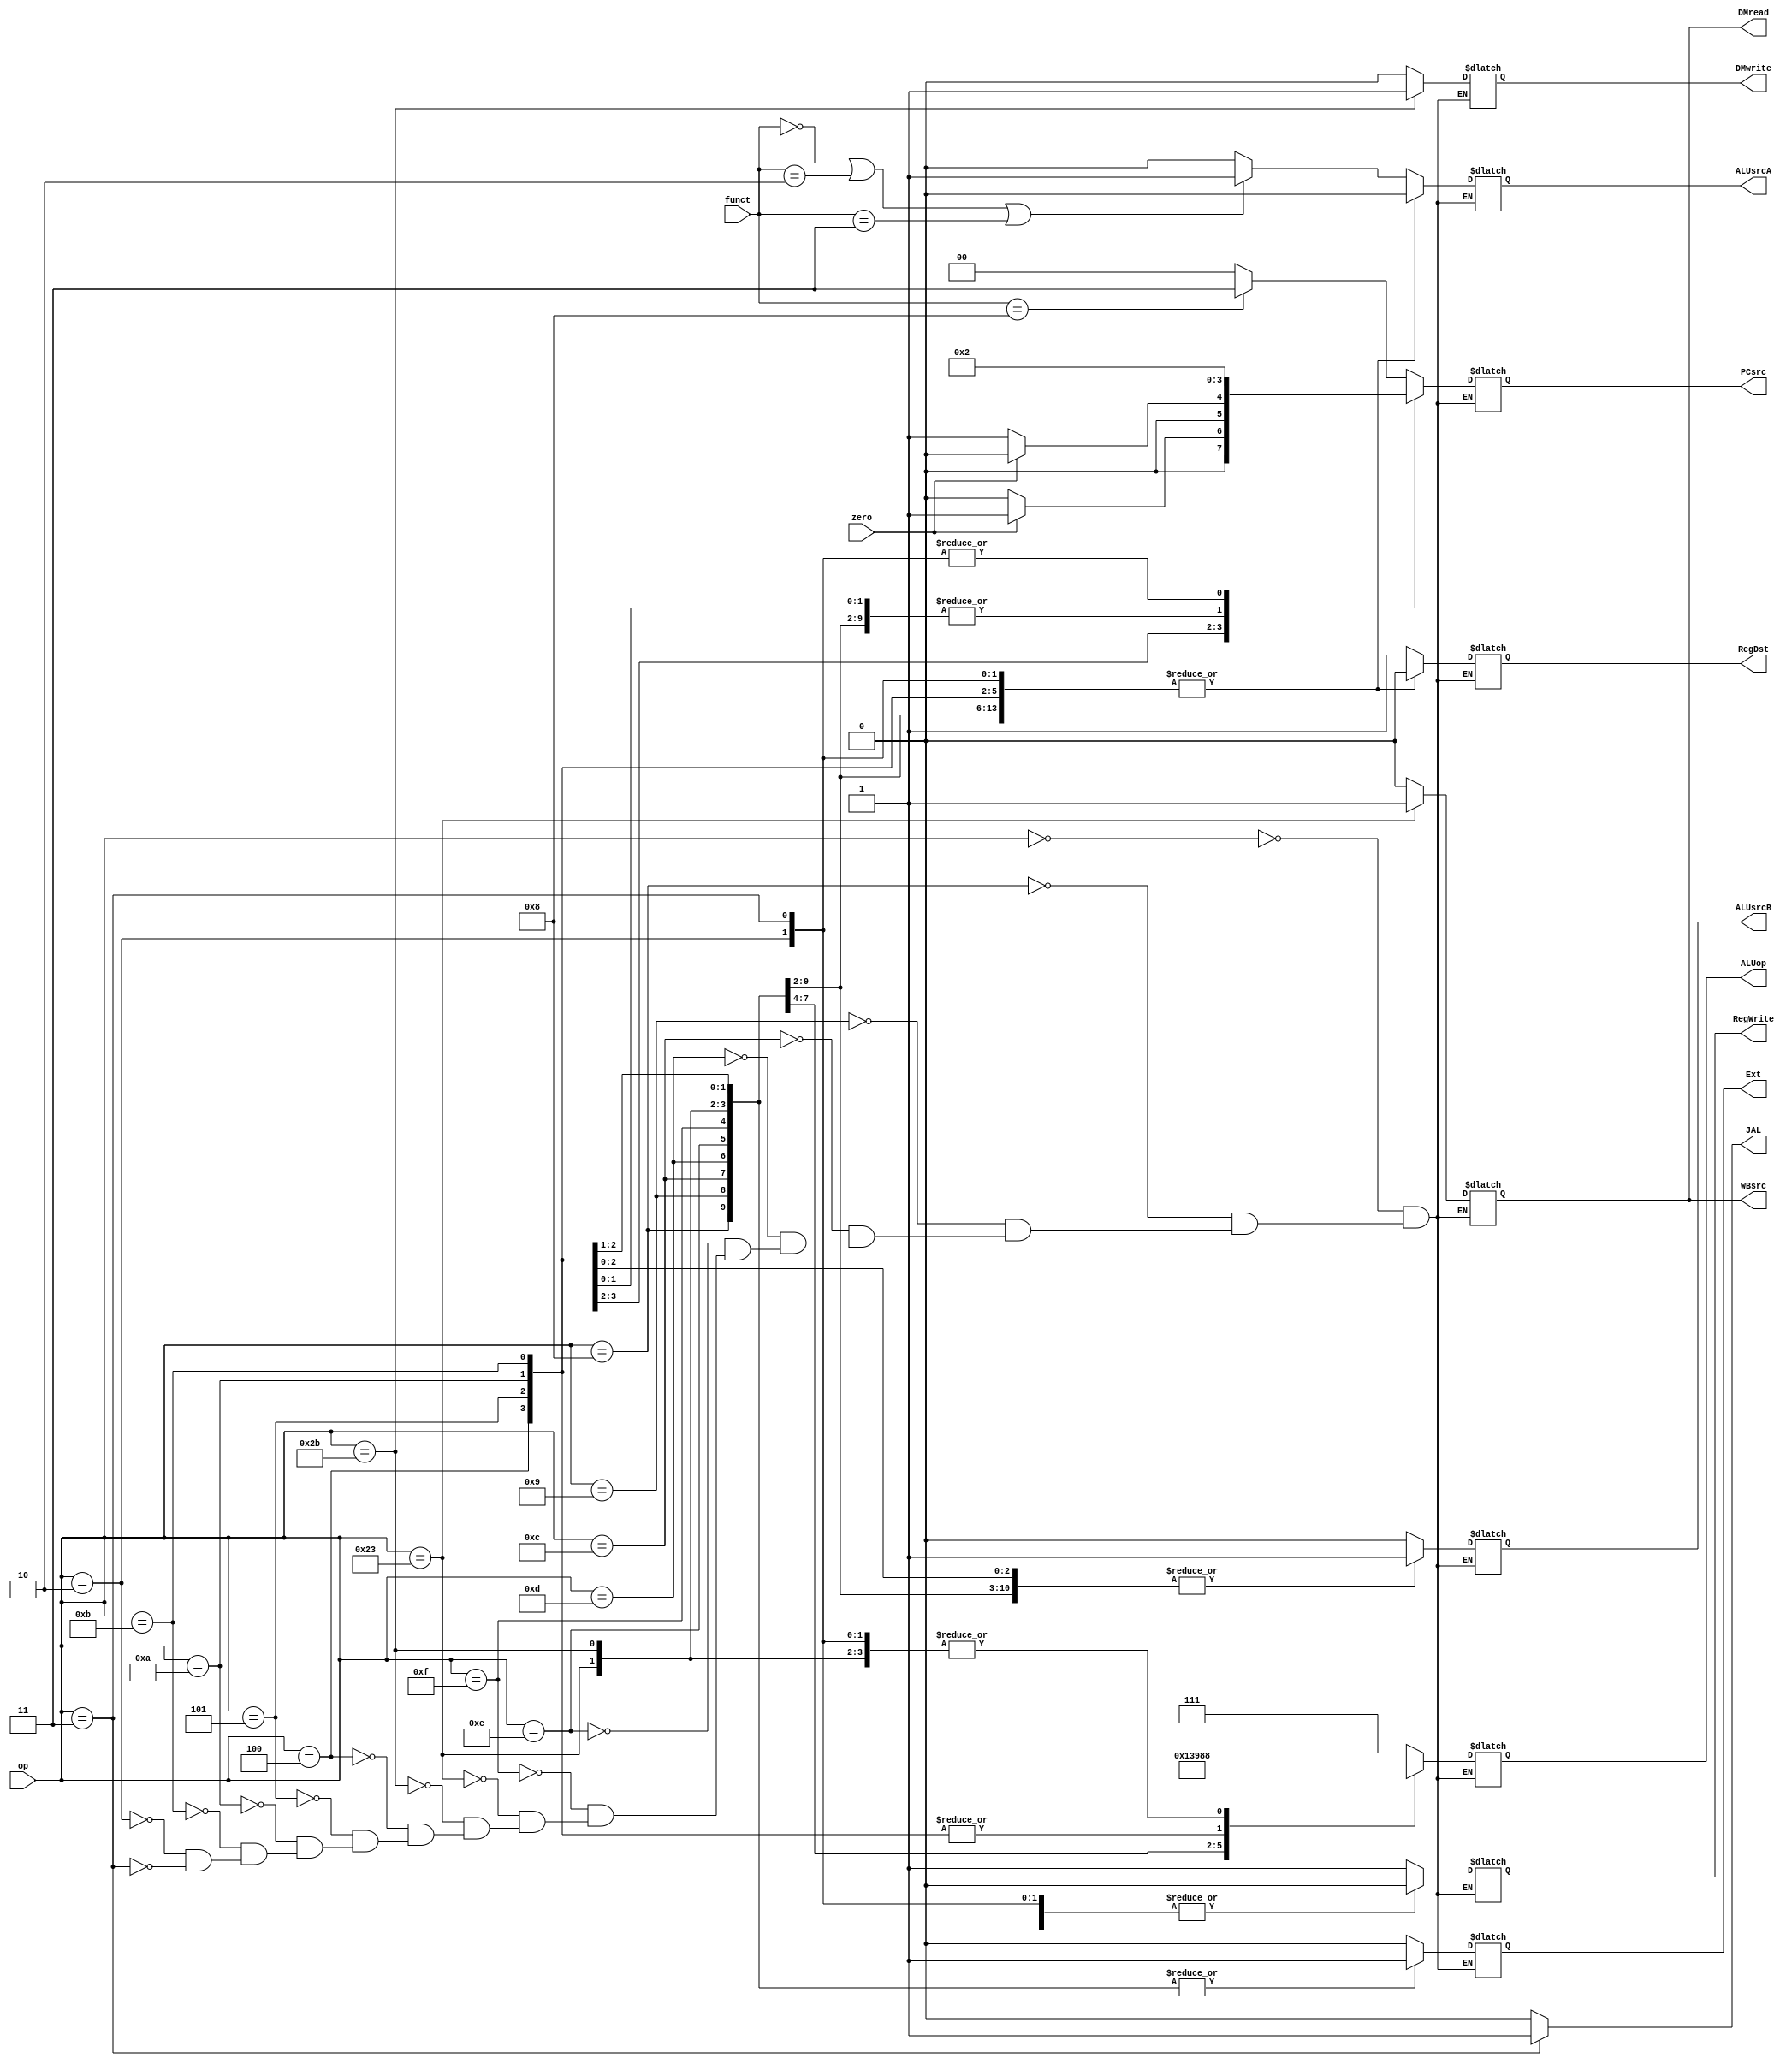
`timescale 1ns / 1ps
//////////////////////////////////////////////////////////////////////////////////
// Company: 
// Engineer: 
// 
// Design Name: 
// Module Name: ControlUnit
// Project Name: 
// Target Devices: 
// Tool Versions: 
// Description: 
// 
// Dependencies: 
// 
// Revision:
// Revision 0.01 - File Created
// Additional Comments:
// 
//////////////////////////////////////////////////////////////////////////////////


module ControlUnit
(
    input zero,
    input [5: 0] op,
    input [5: 0] funct,
    output reg Ext,
    output reg RegDst,
    output reg RegWrite,
    output reg ALUsrcA,
    output reg ALUsrcB,
    output reg [1: 0] PCsrc,
    output reg [2: 0] ALUop,
    output reg DMread,
    output reg DMwrite,
    output reg WBsrc,
    output reg JAL
);
    initial begin
        DMread = 0;
        DMwrite = 0;
        WBsrc = 0;
        PCsrc = 2'b00;
    end

    always @(op or zero or funct) begin
        if (op == 6'b000011) begin 
            JAL = 1;
        end else begin 
            JAL = 0;
        end
        case(op)
            6'b000000: begin    // R type
                Ext = 1'b0;
                RegDst = 1;
                RegWrite = 1;
                ALUsrcA = (funct == 6'b000000 || funct == 6'b000010 || funct == 6'b000011) ? 1 : 0; 
                ALUsrcB = 0;
                PCsrc = (funct == 6'b001000) ? 2'b11 : 2'b00; // jr
                DMread = 0;
                DMwrite = 0;
                WBsrc = 0;
                ALUop = 3'b111;
            end 
            6'b001000: begin // addi 
                Ext = 1'b1;
                RegDst = 0;
                RegWrite = 1;
                ALUsrcA = 0;
                ALUsrcB = 1;
                PCsrc = 2'b00;
                DMread = 0;
                DMwrite = 0;
                WBsrc = 0;
                ALUop = 3'b000;
            end
            6'b001001: begin // addiu
                Ext = 1'b1;
                RegDst = 0;
                RegWrite = 1;
                ALUsrcA = 0;
                ALUsrcB = 1;
                PCsrc = 2'b00;
                DMread = 0;
                DMwrite = 0;
                WBsrc = 0;
                ALUop = 3'b000;
            end
            6'b001100: begin // andi
                Ext = 1'b1;
                RegDst = 0;
                RegWrite = 1;
                ALUsrcA = 0;
                ALUsrcB = 1;
                PCsrc = 2'b00;
                DMread = 0;
                DMwrite = 0;
                WBsrc = 0;
                ALUop = 3'b010;
            end
            6'b001101: begin // ori
                Ext = 1'b1;
                RegDst = 0;
                RegWrite = 1;
                ALUsrcA = 0;
                ALUsrcB = 1;
                PCsrc = 2'b00;
                DMread = 0;
                DMwrite = 0;
                WBsrc = 0;
                ALUop = 3'b011;
            end
            6'b001110: begin // xori
                Ext = 1'b1;
                RegDst = 0;
                RegWrite = 1;
                ALUsrcA = 0;
                ALUsrcB = 1;
                PCsrc = 2'b00;
                DMread = 0;
                DMwrite = 0;
                WBsrc = 0;
                ALUop = 3'b100;
            end
            6'b001111: begin // lui
                Ext = 1'b1;
                RegDst = 0;
                RegWrite = 1;
                ALUsrcA = 0;
                ALUsrcB = 1;
                PCsrc = 2'b00;
                DMread = 0;
                DMwrite = 0;
                WBsrc = 0;
                ALUop = 3'b110;
            end
            6'b100011: begin // lw
                Ext = 1'b1;
                RegDst = 0;
                RegWrite = 1;
                ALUsrcA = 0;
                ALUsrcB = 1;
                PCsrc = 2'b00;
                DMread = 1;
                DMwrite = 0;
                WBsrc = 1;
                ALUop = 3'b000;
            end
            6'b101011: begin // sw
                Ext = 1'b1;
                RegDst = 1'b0;
                RegWrite = 0;
                ALUsrcA = 0;
                ALUsrcB = 1;
                PCsrc = 2'b00;
                DMread = 0;
                DMwrite = 1;
                WBsrc = 0;
                ALUop = 3'b000;
            end
            6'b000100: begin // beq
                Ext = 1'b0;
                RegDst = 1'b0;
                RegWrite = 0;
                ALUsrcA = 0;
                ALUsrcB = 0;
                PCsrc = (zero == 1) ?  2'b01 : 2'b00;
                DMread = 0;
                DMwrite = 0;
                WBsrc = 0;
                ALUop = 3'b001;                
            end
            6'b000101: begin // bne
                Ext = 1'b1;
                RegDst = 0;
                RegWrite = 1;
                ALUsrcA = 0;
                ALUsrcB = 1;
                PCsrc = (zero == 0) ? 2'b01 : 2'b00; 
                DMread = 0;
                DMwrite = 0;
                WBsrc = 0;
                ALUop = 3'b001;
            end
            6'b001010: begin // slti
                Ext = 1'b1;
                RegDst = 0;
                RegWrite = 1;
                ALUsrcA = 0;
                ALUsrcB = 1;
                PCsrc = 2'b00;
                DMread = 0;
                DMwrite = 0;
                WBsrc = 0;
                ALUop = 3'b001;
            end
            6'b001011: begin // sltiu
                Ext = 1'b0;
                RegDst = 0;
                RegWrite = 1;
                ALUsrcA = 0;
                ALUsrcB = 1;
                PCsrc = 2'b00;
                DMread = 0;
                DMwrite = 0;
                WBsrc = 0;
                ALUop = 3'b001;
            end
            6'b000010: begin // j
                Ext = 1'b0;
                RegDst = 1'b0;
                RegWrite = 0;
                ALUsrcA = 1'b0;
                ALUsrcB = 1'b0;
                PCsrc = 2'b10;
                DMread = 0;
                DMwrite = 0;
                WBsrc = 1'b0;
                ALUop = 3'b000;
            end
            6'b000011: begin // jal
                Ext = 1'b0;
                RegDst = 1'b0;
                RegWrite = 0;
                ALUsrcA = 1'b0;
                ALUsrcB = 1'b0;
                PCsrc = 2'b10;
                DMread = 0;
                DMwrite = 0;
                WBsrc = 1'b0;
                ALUop = 3'b000;
            end
        endcase
    end
endmodule